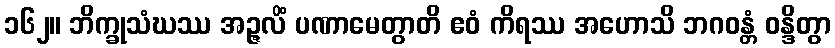
၁၆၂။ ဘိက္ခုသံဃဿ အဉ္ဇလိံ ပဏာမေတွာတိ ဧဝံ ကိရဿ အဟောသိ ဘဂဝန္တံ ဝန္ဒိတွာ